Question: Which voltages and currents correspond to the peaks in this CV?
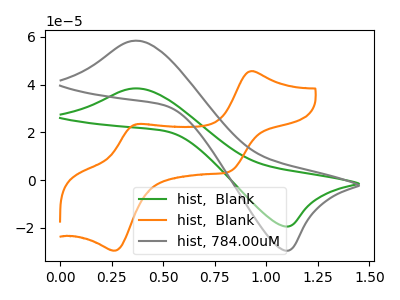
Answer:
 <answer>The green curve "hist,  Blank" has an anodic peak at (0.35V, 38.40uA) and a cathodic peak at (1.10V, -19.45uA). The orange curve "hist,  Blank" has anodic peaks at (0.95V, 45.65uA) (0.35V, 23.45uA) and cathodic peaks at (0.80V, 3.65uA) (0.25V, -29.60uA). The gray curve "hist, 784.00uM" has an anodic peak at (0.35V, 58.40uA) and a cathodic peak at (1.10V, -29.55uA).</answer>
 <eval></eval>